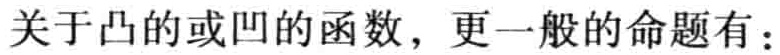
关于凸的或凹的函数，更一般的命题有：